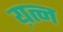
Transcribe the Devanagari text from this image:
य़त्न